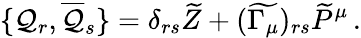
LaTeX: \{ {\cal{Q}}_{r},\overline{{{{\cal{Q}}}}}_{s}\} =\delta_{rs}\widetilde{Z}+(\widetilde{\Gamma_{\mu}})_{rs}\widetilde{P}^{\mu}\, .